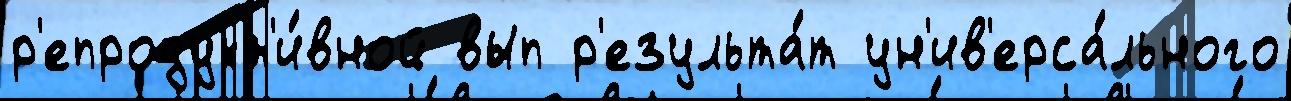
р'епродукт'и́вной вып р'езульта́т ун'ив'ерса́льного